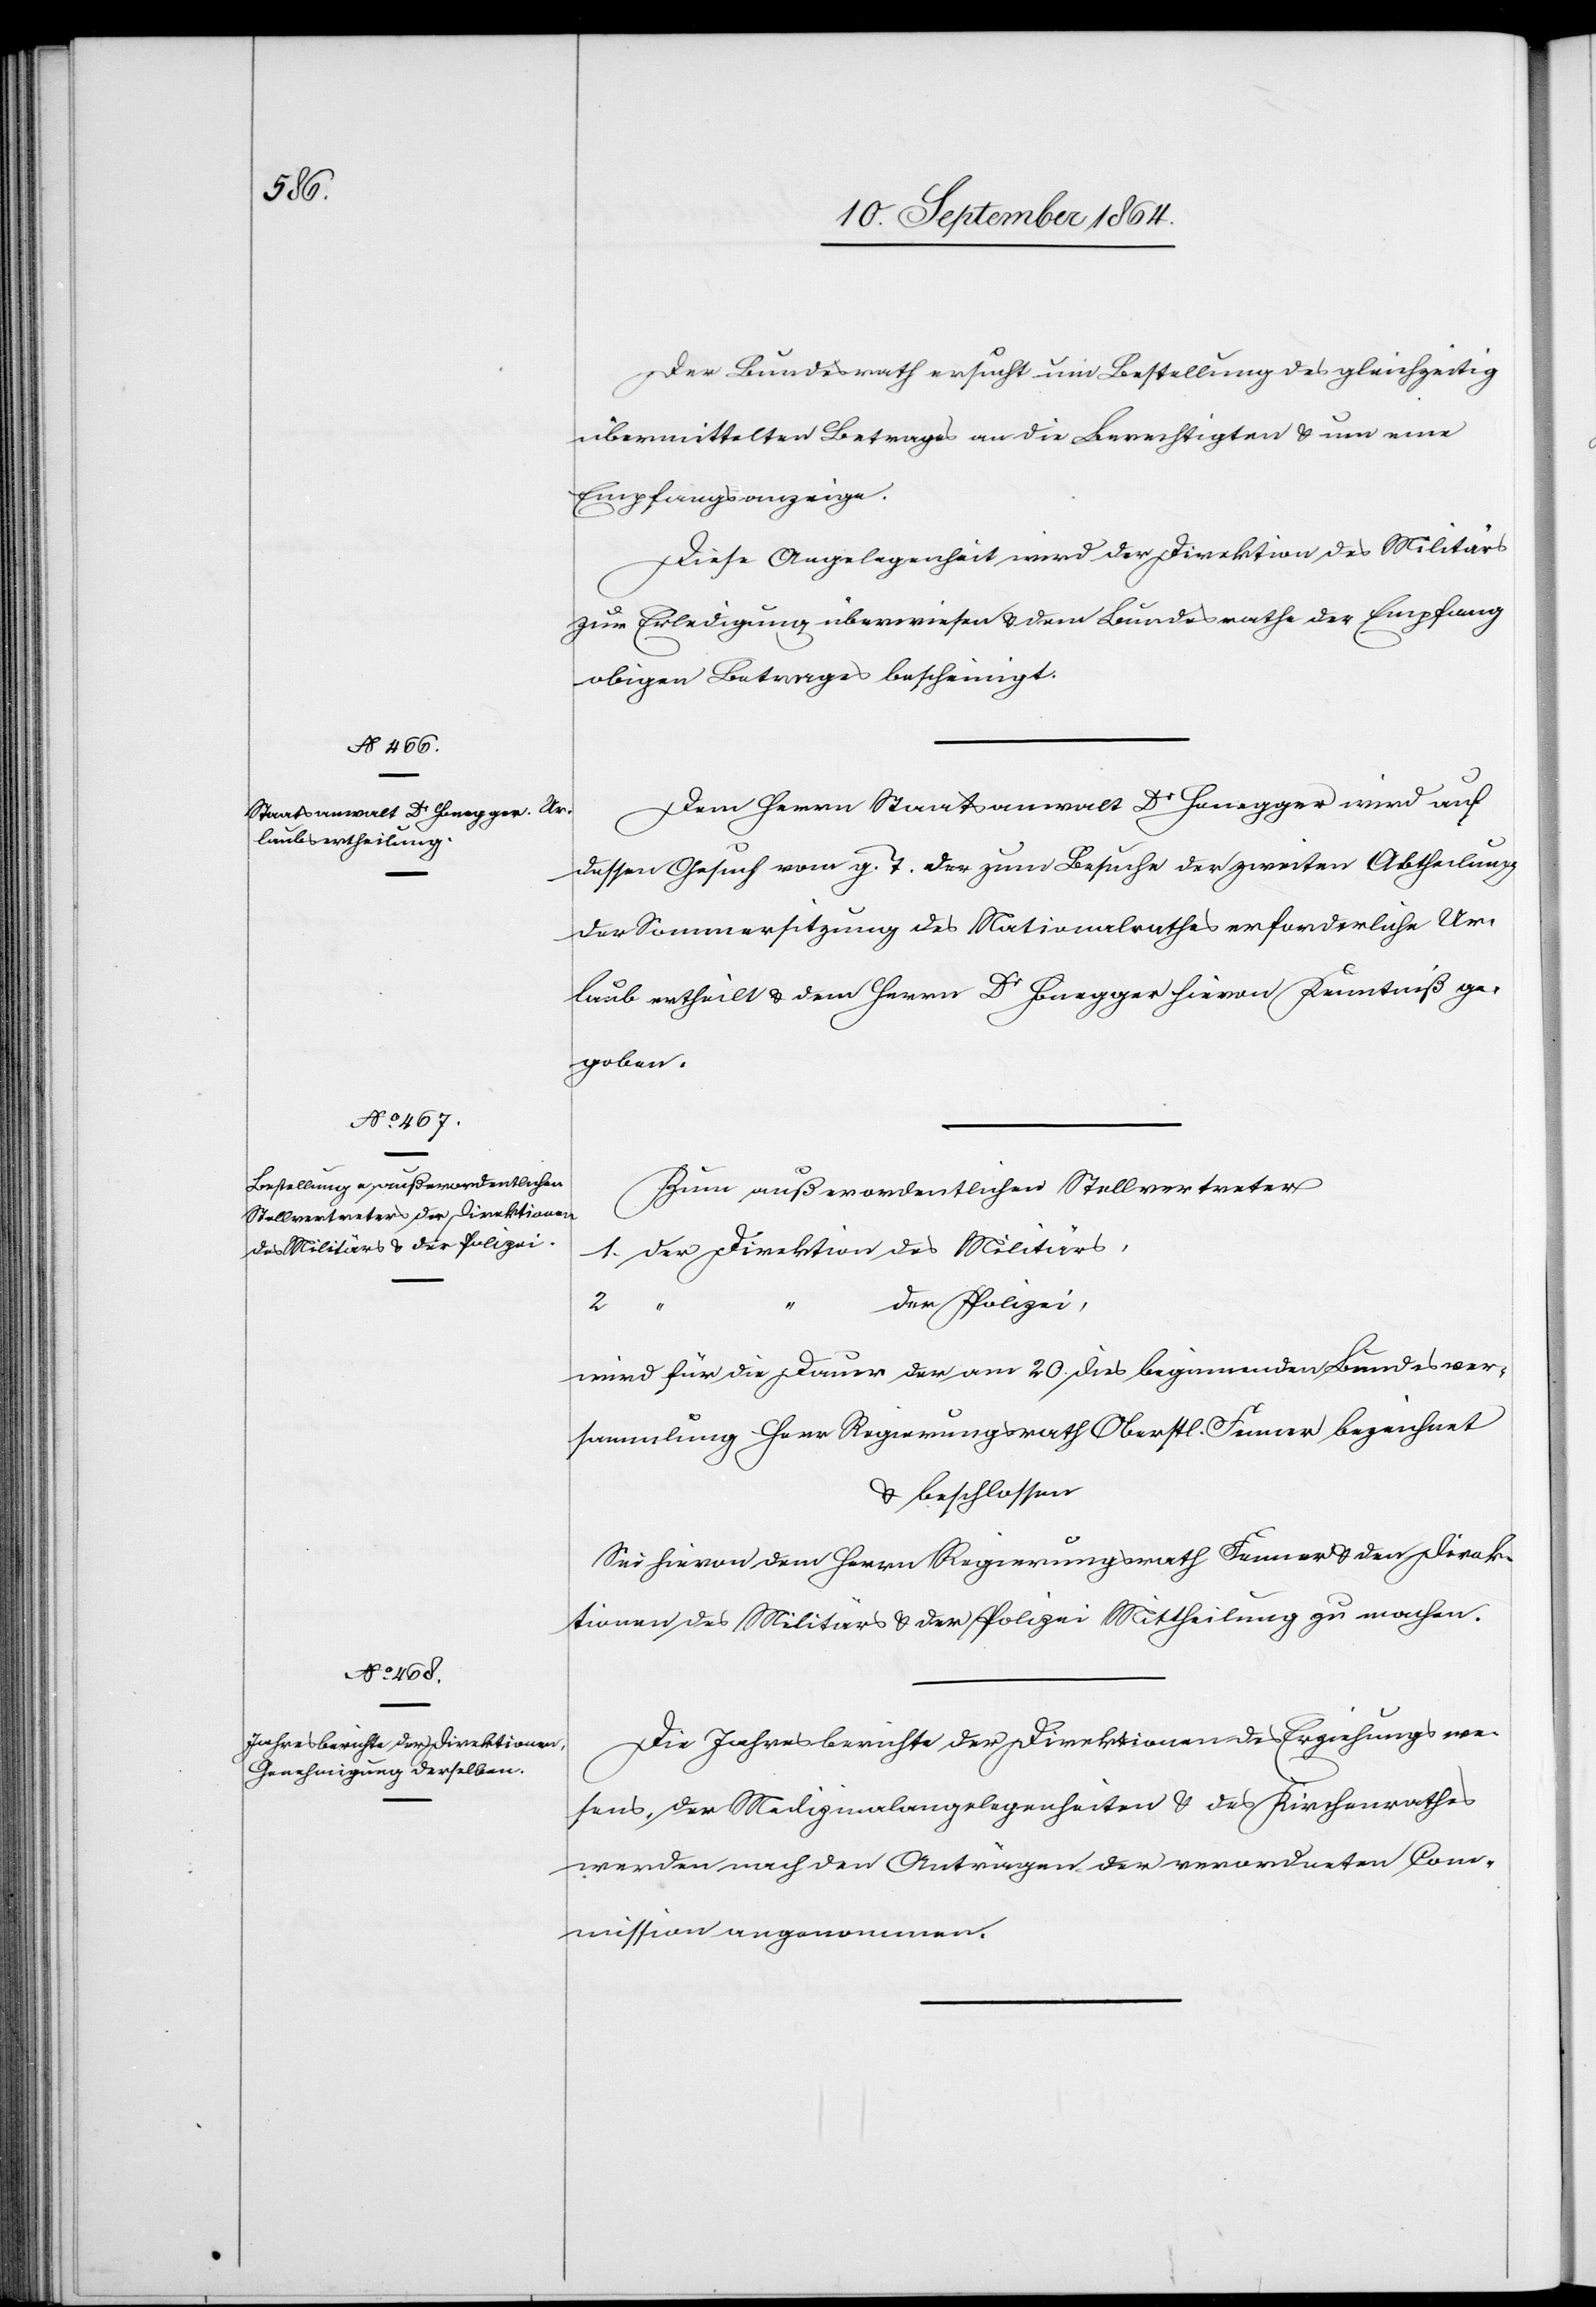
Der Bundesrath ersucht um Bestellung des gleichzeitig
übermittelten Betrages an die Berechtigten & um eine
Empfangsanzeige.
Diese Angelegenheit wird der Direktion des Militärs
zur Erledigung überwiesen & dem Bundesrath der Empfang
obigen Betrages bescheinigt.
Dem Herrn Staatsanwalt Dr Honegger wird auf
dessen Gesuch vom g. T. der zum Besuche der zweiten Abtheilung
der Sommersitzung des Nationalrathes erforderliche Ur¬
laub ertheilt & dem Herrn Dr Honegger hievon Kenntniß ge¬
geben.
Zum außerordentlichen Stellvertreter
1. der Direktion des Militärs,
der Polizei,
2.
wird für die Dauer der am 20. dies beginnenden Bundesver¬
sammlung Herr Regierungsrath Oberstl. Fenner bezeichnet
& beschlossen:
Sei hievon dem Herrn Regierungsrath Fenner & den Direk¬
tionen des Militärs & der Polizei Mittheilung zu machen.
Die Jahresberichte der Direktionen des Erziehungswe¬
sens, der Medizinalangelegenheiten & des Kirchenrathes
werden nach den Anträgen der verordneten Com¬
mission angenommen.